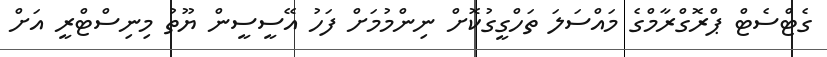
ގެޓްސެޓް ޕްރޮގްރާމްގެ މައްސަލަ ތަހްގީގުކޮށް ނިންމުމަށް ފަހު އޭސީސީން ޔޫތު މިނިސްޓްރީ އަށް